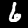
Label: 6